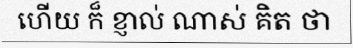
ហើយ ក៏ ខ្ញាល់ ណាស់ គិត ថា